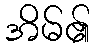
အိမ်၏